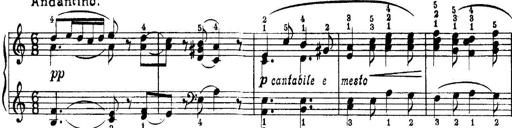
Title: Quatres sonatines
Composer: Tadeusz Joteyko